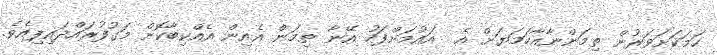
ހަމަކަށަވަރުން ތިމަންނާއާހަމަޔަށް އެ  އައުމަށްފަހު އޭނާ ތިމަން އެއިން އެއްކިބާކޮށް މަގުފުރައްދައިފިއެވެ.